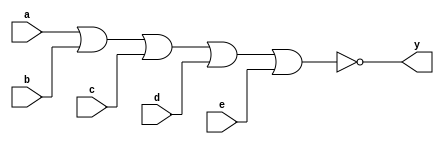
`timescale 1ns / 1ps
//////////////////////////////////////////////////////////////////////////////////
// Module Name: xup_nor5
//////////////////////////////////////////////////////////////////////////////////
module xup_nor5 #(parameter DELAY = 3)(
    input a,
    input b,
    input c,
    input d,
    input e,
    output y
    );
    
    nor #DELAY (y,a,b,c,d,e);
    
endmodule